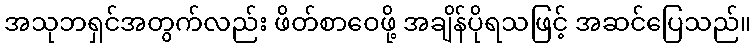
အသုဘရှင်အတွက်လည်း ဖိတ်စာဝေဖို့ အချိန်ပိုရသဖြင့် အဆင်ပြေသည်။